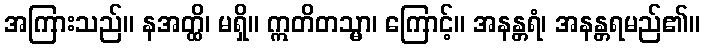
အကြားသည်။ နအတ္ထိ၊ မရှိ။ ဣတိတသ္မာ၊ ကြောင့်။ အနန္တရံ၊ အနန္တရမည်၏။